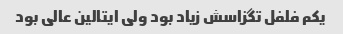
یکم فلفل تگزاسش زیاد بود ولی ایتالین عالی بود